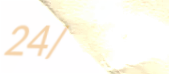
24/7